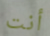
أنت